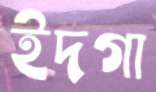
ইদগা